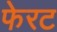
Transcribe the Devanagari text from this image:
फेरट